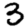
Digit: 3